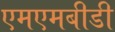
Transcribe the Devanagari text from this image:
एमएमबीडी